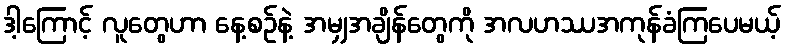
ဒါ့ကြောင့် လူတွေဟာ နေ့စဉ်နဲ့ အမျှအချိန်တွေကို အလဟဿအကုန်ခံကြပေမယ့်